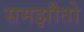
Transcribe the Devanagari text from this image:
समझौतो